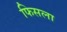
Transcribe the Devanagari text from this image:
फिसला